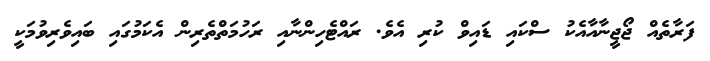
ފަރާތެއް ޖޯޖީނާއާއެކު ސްކައި ޑައިވް ކުރި އެވެ. ރައްޓެހިންނާއި ރަހުމަތްތެރިން އެކަމުގައި ބައިވެރިވުމަކީ